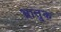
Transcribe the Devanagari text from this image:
भ्रातुक